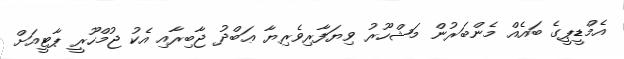
އެމްޑީޕީގެ ބައެއް މެންބަރުން މަޝްހޫރު ވިޔަފާރިވެރިޔާ ޢަބްދު ޖާބިރާއި އެކު ޖުމްހޫރީ ޕާޓީއަށް